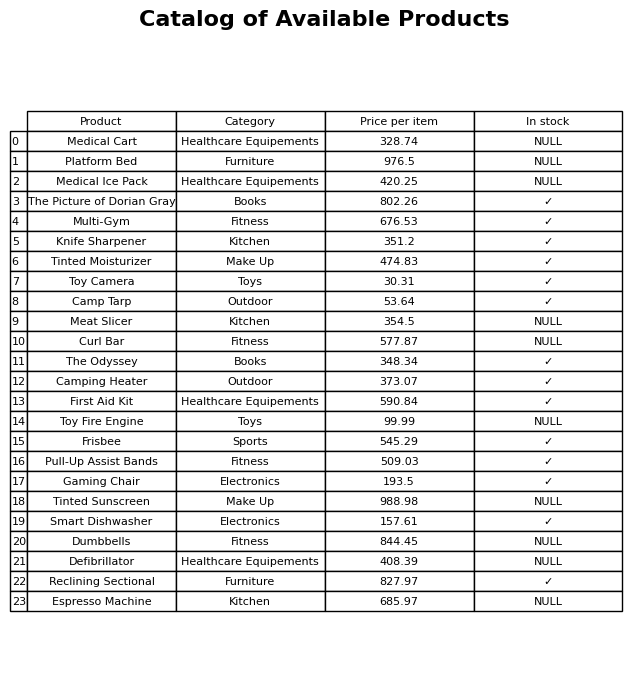
question: What category does the Toy Camera belong to?
answer: Toys